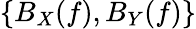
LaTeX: \{ B_{X}(f),B_{Y}(f)\}